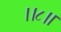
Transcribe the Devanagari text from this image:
।।८॥